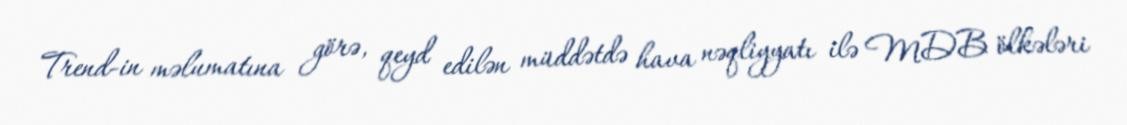
Trend-in məlumatına görə, qeyd edilən müddətdə hava nəqliyyatı ilə MDB ölkələri